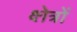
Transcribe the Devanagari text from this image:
क्ष्‍ोत्रों